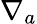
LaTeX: \nabla_{a}